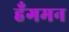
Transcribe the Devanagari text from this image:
हँगमन